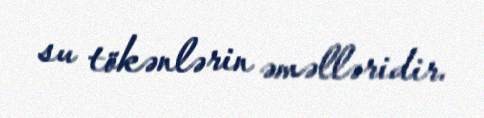
su tökənlərin əməlləridir.